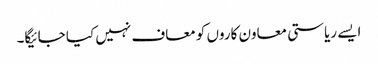
ایسے ریاستی معاون کاروں کو معاف نہیں کیا جائیگا۔